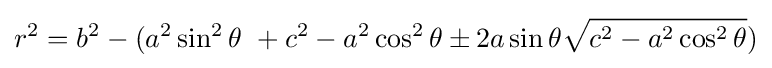
r^{2}=b^{2}-(a^{2}\sin ^{2}\theta \ +c^{2}-a^{2}\cos ^{2}\theta \pm 2a\sin \theta {\sqrt {c^{2}-a^{2}\cos ^{2}\theta }})